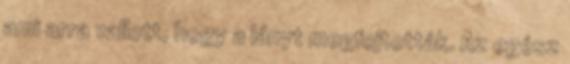
ami arra vallott, hogy a lányt megfojtották. Az egész